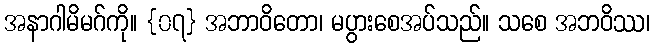
အနာဂါမိမဂ်ကို။ {၀၇} အဘာဝိတော၊ မပွားစေအပ်သည်။ သစေ အဘဝိဿ၊